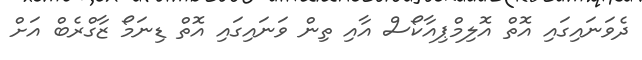
ދެވަނައިގައި އޮތް އޮލިމްޕިއާކޯސް އާއި ތިން ވަނައިގައި އޮތް ޑިނަމޯ ޒާގްރެބް އަށް